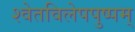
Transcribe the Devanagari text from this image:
श्वेतविलेपपुष्पम्